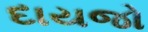
દાયજો